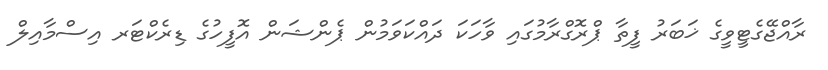
ރާއްޖޭގެޓީވީގެ ޚަބަރު ފީތާ ޕްރޮގްރާމުގައި ވާހަކަ ދައްކަވަމުން ޕެންޝަން އޮފީހުގެ ޑިރެކްޓަރ އިސްމާއިލް